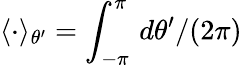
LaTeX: \langle\cdot\rangle_{\theta^{\prime}}=\int_{-\pi}^{\pi}\, d\theta^{\prime}/(2\pi)